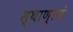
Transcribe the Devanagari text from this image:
स्थाणुरयं